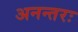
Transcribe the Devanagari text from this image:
अनन्तरः